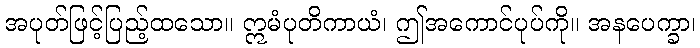
အပုတ်ဖြင့်ပြည့်ထသော။ ဣမံပုတိကာယံ၊ ဤအကောင်ပုပ်ကို။ အနပေက္ခာ၊